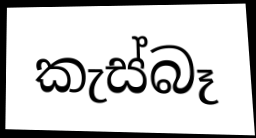
කැස්බෑ